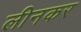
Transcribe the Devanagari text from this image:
लीनकर